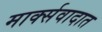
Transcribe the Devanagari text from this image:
मार्क्सवादात